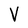
Character: V